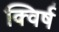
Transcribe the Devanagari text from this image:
क्विर्ष